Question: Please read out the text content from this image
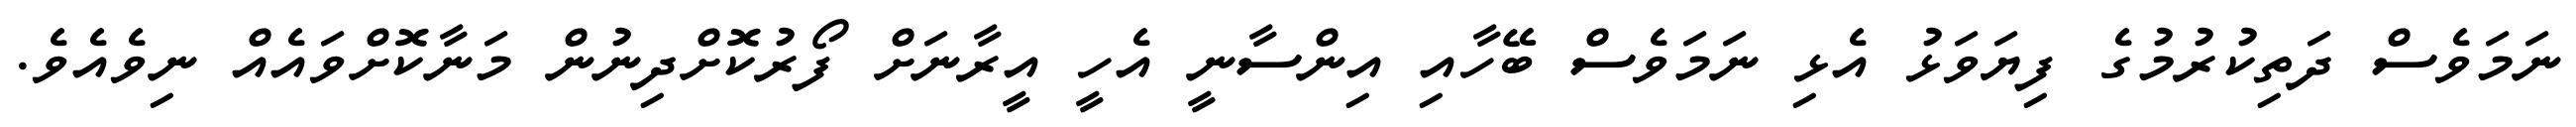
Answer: ނަމަވެސް ދަތިކުރުމުގެ ފިޔަވަޅު އެޅި ނަމަވެސް ބޭހާއި އިންސާނީ އެހީ އީރާނަށް ފޯރުކޮށްދިނުން މަނާކޮށްވައެއް ނިވެއެވެ.